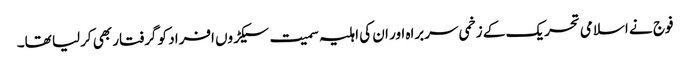
فوج نے اسلامی تحریک کے زخمی سربراہ اور ان کی اہلیہ سمیت سیکڑوں افراد کو گرفتار بھی کرلیا تھا۔